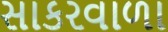
સાકરવાળા